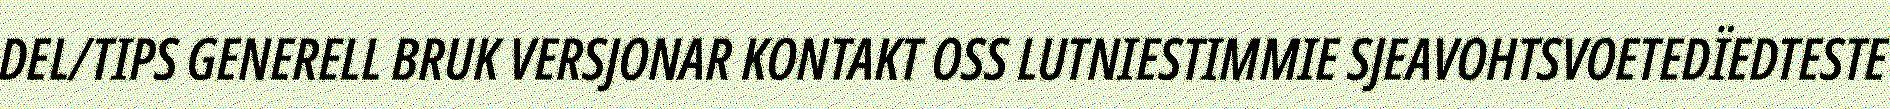
DEL/TIPS GENERELL BRUK VERSJONAR KONTAKT OSS LUTNIESTIMMIE SJEAVOHTSVOETEDÏEDTESTE